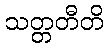
သတ္တတီတိ